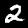
Digit: 2